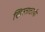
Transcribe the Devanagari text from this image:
ख्रिस्ताठायी